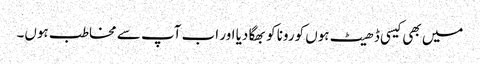
میں بھی کیسی ڈھیٹ ہوں کورونا کو بھگا دیا اور اب آپ سے مخاطب ہوں۔